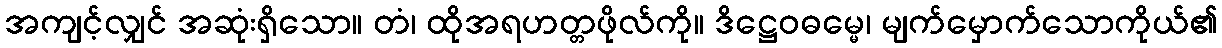
အကျင့်လျှင် အဆုံးရှိသော။ တံ၊ ထိုအရဟတ္တဖိုလ်ကို။ ဒိဋ္ဌေဝဓမ္မေ၊ မျက်မှောက်သောကိုယ်၏